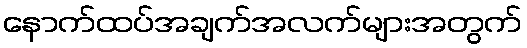
နောက်ထပ်အချက်အလက်များအတွက်